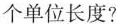
个单位长度？